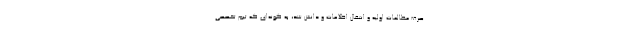
صرف مطالعات اولیه و انتقال اطلاعات و دانش شد، به گونه‌ای که تیم تخصصی